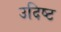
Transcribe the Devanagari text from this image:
उदिष्ट